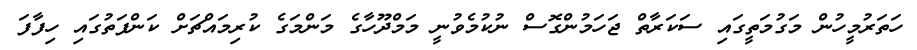
ހަތަރުމީހުން މަގުމަތީގައި ސަކަރާތް ޖަހަމުންގޮސް ނުކުމެވުނީ މަމްދޫހާގެ މަންމަގެ ކުރިމައްޗަށް ކަންފަތުގައި ހިފާފަ